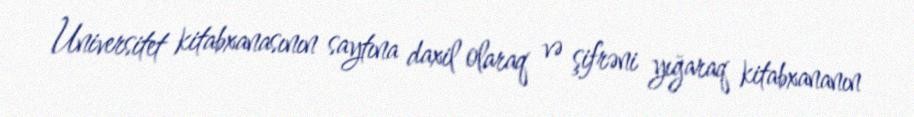
Universitet kitabxanasının saytına daxil olaraq və şifrəni yığaraq kitabxananın